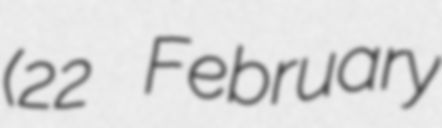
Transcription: (22 February